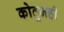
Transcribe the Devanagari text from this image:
कोठूनही